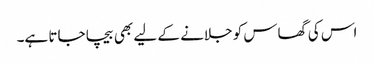
اس کی گھاس کو جلانے کے لیے بھی بیچا جاتا ہے۔